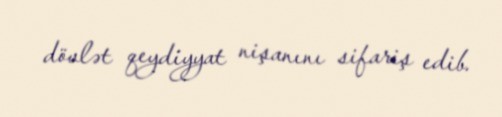
dövlət qeydiyyat nişanını sifariş edib.